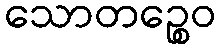
သောတဉ္စေဝ